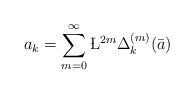
LaTeX: \begin{align*}a_k = \sum_{m=0}^{\infty}\L^{2m}{\Delta_k^{(m)}}(\bar a)\end{align*}